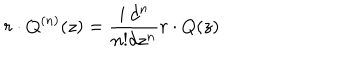
r \cdot Q ^ { ( n ) } ( z ) = \frac { i \: d ^ { n } } { n ! d z ^ { n } } r \cdot Q ( z )